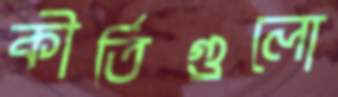
কীর্তিগুলো